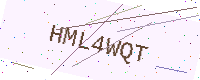
Text: HML4WQT